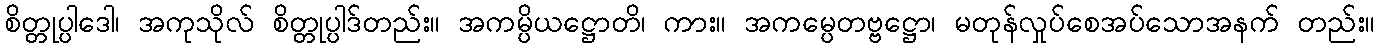
စိတ္တုပ္ပါဒေါ၊ အကုသိုလ် စိတ္တုပ္ပါဒ်တည်း။ အကမ္ပိယဋ္ဌောတိ၊ ကား။ အကမ္ပေတဗ္ဗဋ္ဌော၊ မတုန်လှုပ်စေအပ်သောအနက် တည်း။